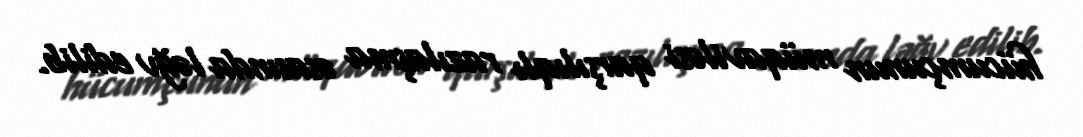
hücumçunun müqaviləsi qarşılıqlı razılaşma əsasında ləğv edilib.